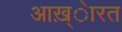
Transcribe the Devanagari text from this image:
आख़्ेारत